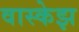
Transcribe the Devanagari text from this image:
वास्केझ